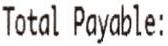
TOTAL PAYABLE: